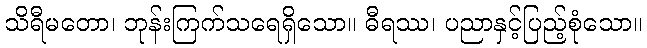
သိရီမတော၊ ဘုန်းကြက်သရေရှိသော။ ဓီရဿ၊ ပညာနှင့်ပြည့်စုံသော။